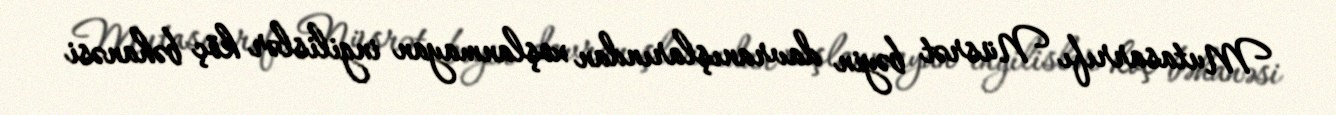
Mutasarrıfı Nüsrət bəyin davranışlarından xoşlanmayan ingilislər köç bəhanəsi